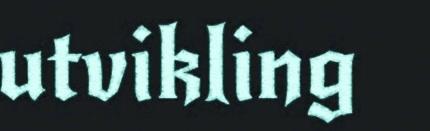
utvikling